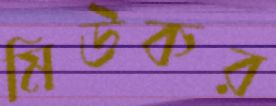
মিউকর